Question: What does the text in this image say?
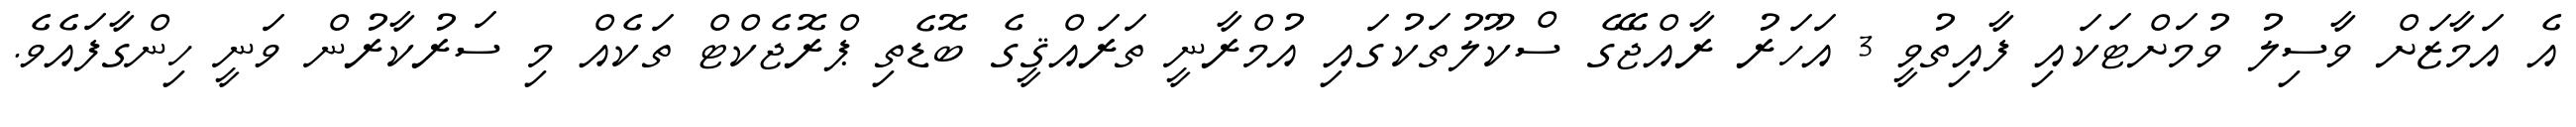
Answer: އެ އަމާޒަށް ވާސިލު ވުމަށްޓަކައި ފާއިތުވީ 3 އަހަރު ރާއްޖޭގެ ސްކޫލުތަކުގައި އުމްރާނީ ތަރައްޤީގެ ބޮޑެތި ޕްރޮޖެކްޓް ތަކެއް މި ސަރުކާރުން ވަނީ ހިންގާފައެވެ.